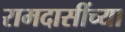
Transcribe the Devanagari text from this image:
रामदासींच्या